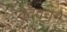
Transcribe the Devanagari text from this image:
वेदवचने